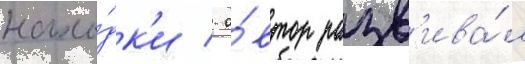
нахо́дк'и / а́втор разв'ива́л